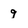
Character: 9